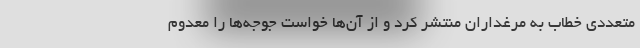
متعددی خطاب به مرغداران منتشر کرد و از آن‌ها خواست جوجه‌ها را معدوم